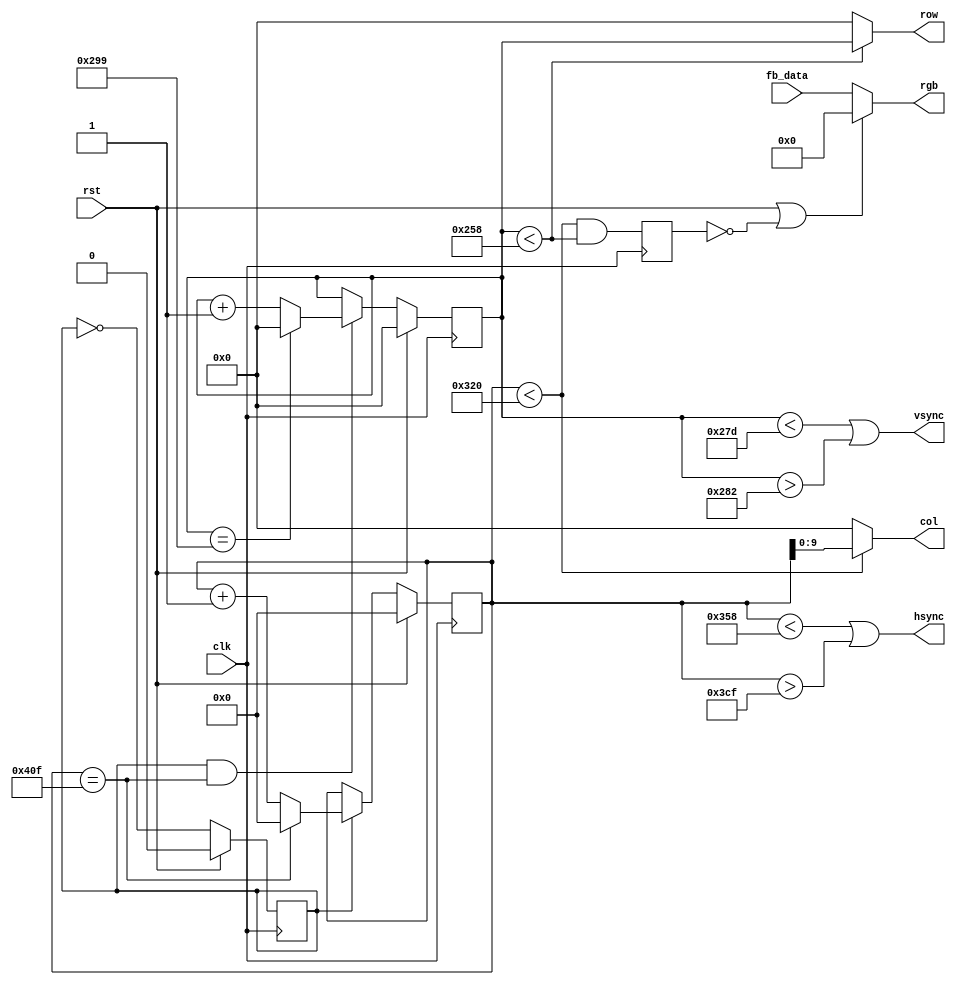
/*************************************************************/
/*                                                           */
/* VGA meghajto periferia                                    */
/*                                                           */
/*    - idozites: 800x600 @ 60 Hz                            */
/*                                                           */
/*************************************************************/

module vga(
	input clk,
	input rst,
	output[9:0] row,
	output[9:0] col,
	input[11:0] fb_data,
	output hsync,
	output vsync,
	output[11:0] rgb
);

	/* 50 MHz-es pixel engedelyezo jel */
	reg en;
	always@(posedge clk) en<=rst?0:~en;

	/* sorszinkron */
	reg[10:0] hcnt;
	always@(posedge clk)
		if(rst)
			hcnt<=0;
		else if(en)
			hcnt<=(hcnt==1039)?(11'd0):(hcnt+1'b1);
	assign hsync=(hcnt<856)|(hcnt>975);

	/* kepszinkron */
	reg[9:0] vcnt;
	always@(posedge clk)
		if(rst)
			vcnt<=0;
		else if(en&(hcnt==1039))
			vcnt<=(vcnt==665)?(10'd0):(vcnt+1'b1);
	assign vsync=(vcnt<637)|(vcnt>642);

	/* ha teljes felbontast akarunk, akkor a cimzes: 800*sor+oszlop */
	assign row=(vcnt<600)?vcnt:(10'd0);
	assign col=(hcnt<800)?hcnt:(10'd0);
	
	/* szinjelek meghajtasa */
	reg valid;
	always@(posedge clk) valid<=((hcnt<800)&(vcnt<600));
	assign rgb=(rst|(~valid))?(12'd0):fb_data;

endmodule